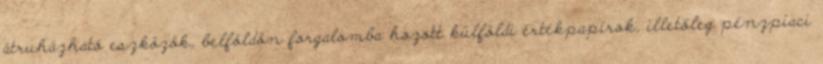
átruházható eszközök, belföldön forgalomba hozott külföldi értékpapírok, illetőleg pénzpiaci